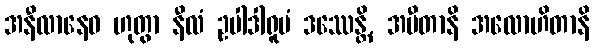
အနီလာနေဝ ဟုတွာ နီလံ ဥပါဒါရူပံ ဒဿေန္တိ, အပီတာနိ အလောဟိတာနိ